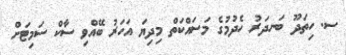
ސ. ހިތަދޫ ބަނދަރު ހެދުމުގެ މަސައްކަތް މިދިޔަ އަހަރު ބޭއްވި ސާކް ސަމިޓަށް